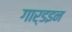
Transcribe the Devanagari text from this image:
गार्डइन